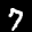
Label: 7